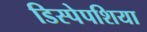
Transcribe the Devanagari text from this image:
डिस्पेपशिया